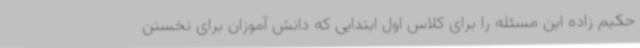
حکیم زاده این مسئله را برای کلاس اول ابتدایی که دانش آموزان برای نخستن